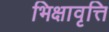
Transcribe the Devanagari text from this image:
भिक्षावृत्ति